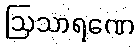
ဩသာရဏေ